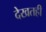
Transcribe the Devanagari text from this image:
देखतही